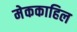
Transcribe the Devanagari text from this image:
मेककाहिल